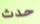
حدث